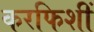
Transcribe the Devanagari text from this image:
करफिशीं